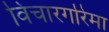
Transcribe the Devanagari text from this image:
विचारगरिमा